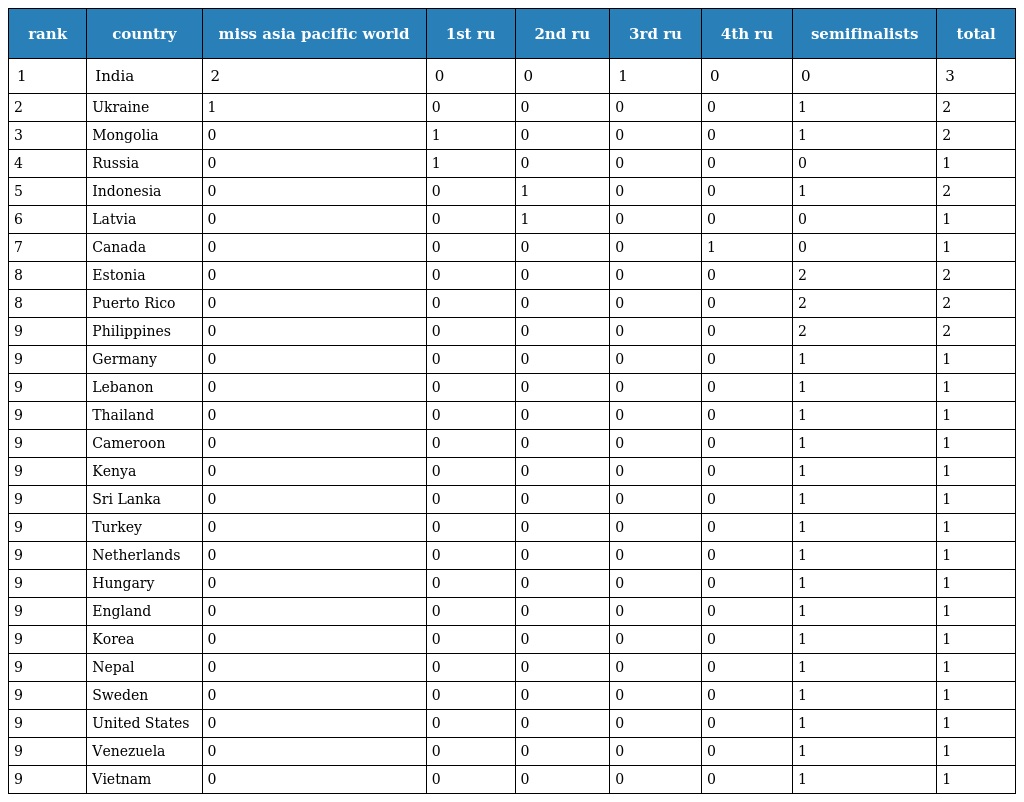
| rank | country | miss asia pacific world | 1st ru | 2nd ru | 3rd ru | 4th ru | semifinalists | total |
 | --- | --- | --- | --- | --- | --- | --- | --- | --- |
 | 1 | India | 2 | 0 | 0 | 1 | 0 | 0 | 3 |
 | 2 | Ukraine | 1 | 0 | 0 | 0 | 0 | 1 | 2 |
 | 3 | Mongolia | 0 | 1 | 0 | 0 | 0 | 1 | 2 |
 | 4 | Russia | 0 | 1 | 0 | 0 | 0 | 0 | 1 |
 | 5 | Indonesia | 0 | 0 | 1 | 0 | 0 | 1 | 2 |
 | 6 | Latvia | 0 | 0 | 1 | 0 | 0 | 0 | 1 |
 | 7 | Canada | 0 | 0 | 0 | 0 | 1 | 0 | 1 |
 | 8 | Estonia | 0 | 0 | 0 | 0 | 0 | 2 | 2 |
 | 8 | Puerto Rico | 0 | 0 | 0 | 0 | 0 | 2 | 2 |
 | 9 | Philippines | 0 | 0 | 0 | 0 | 0 | 2 | 2 |
 | 9 | Germany | 0 | 0 | 0 | 0 | 0 | 1 | 1 |
 | 9 | Lebanon | 0 | 0 | 0 | 0 | 0 | 1 | 1 |
 | 9 | Thailand | 0 | 0 | 0 | 0 | 0 | 1 | 1 |
 | 9 | Cameroon | 0 | 0 | 0 | 0 | 0 | 1 | 1 |
 | 9 | Kenya | 0 | 0 | 0 | 0 | 0 | 1 | 1 |
 | 9 | Sri Lanka | 0 | 0 | 0 | 0 | 0 | 1 | 1 |
 | 9 | Turkey | 0 | 0 | 0 | 0 | 0 | 1 | 1 |
 | 9 | Netherlands | 0 | 0 | 0 | 0 | 0 | 1 | 1 |
 | 9 | Hungary | 0 | 0 | 0 | 0 | 0 | 1 | 1 |
 | 9 | England | 0 | 0 | 0 | 0 | 0 | 1 | 1 |
 | 9 | Korea | 0 | 0 | 0 | 0 | 0 | 1 | 1 |
 | 9 | Nepal | 0 | 0 | 0 | 0 | 0 | 1 | 1 |
 | 9 | Sweden | 0 | 0 | 0 | 0 | 0 | 1 | 1 |
 | 9 | United States | 0 | 0 | 0 | 0 | 0 | 1 | 1 |
 | 9 | Venezuela | 0 | 0 | 0 | 0 | 0 | 1 | 1 |
 | 9 | Vietnam | 0 | 0 | 0 | 0 | 0 | 1 | 1 |